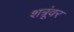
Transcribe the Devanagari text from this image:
शत्रूंवर